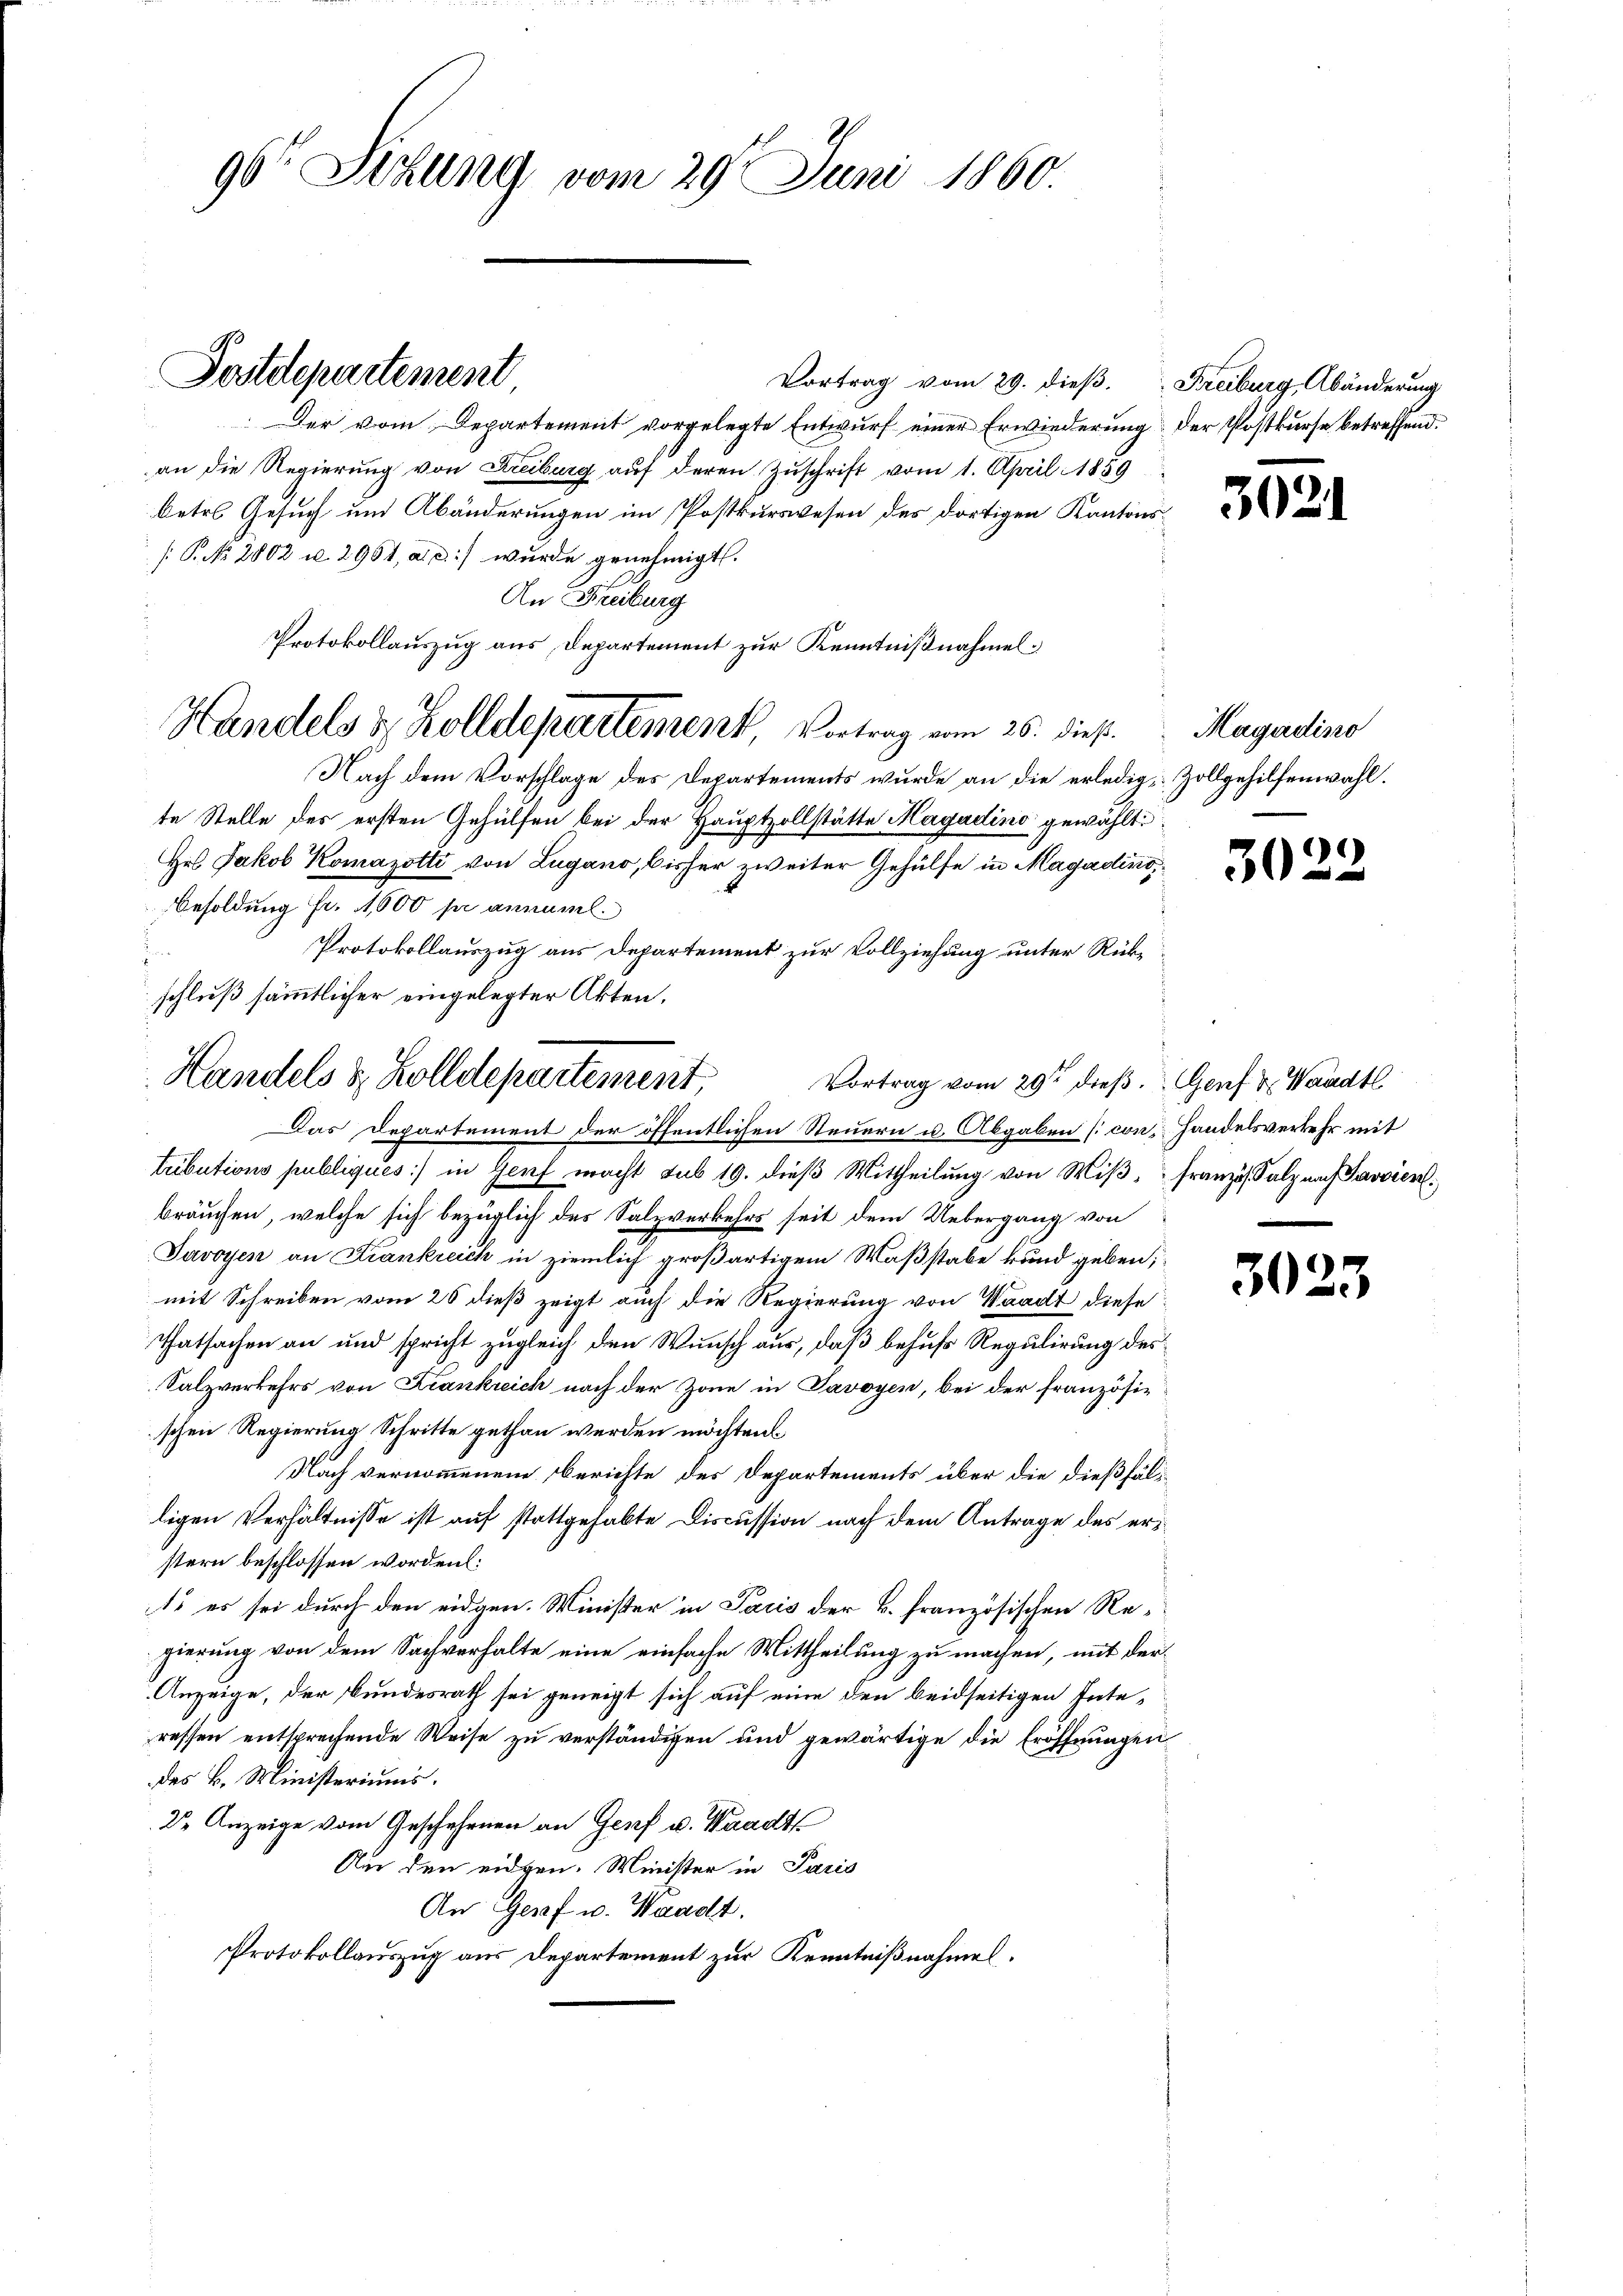
96t Sitzung vom 29. Juni 1860.

Postdepartement

Vortrag vom 29. dieß. Freiburg, Abänderung
Der vom Departement vorgelegte Entwurf einer Erwiederung der Postkurse betreffend.
an die Regierung von Kreiburg auf deren Zuschrift vom 1. April 1859
betr. Gesuch und Abänderungen im Postkurswesen des dortigen Kantons¬
[: P. No. 2802 u. 2961, a. c.) wurde genehmigt.
An Freiburg
Nach dem Vorschlage des Departements wurde an die erledig, Zollgehilfenwahl.
te Stelle des ersten Gehülfen bei der Hauptzollstätte Magadino gewählt:
Hrs Jakob Komazotti von Lugano, bisher zweiter Gehülfe in Magadino,
Besoldung Fr. 1,600 pr annuml.
Protokollauszug aus Departement zur Vollziehung unter Rückschluß sämmtlicher eingelegter Akten.
Vortrag vom 29ten dieß. Genf u. Waadt
Das Departement der öffentlichen Steuern u. Abgaben [con Handelsverkehr mit
tubutions publiques :/ in Genf macht sub 19. dieß Mittheilung von Wiß, Französ. Salz nach Savvien
bräuchen, welche sich bezüglich des Salzverkehrs seit dem Uebergang von
Javoyen an Krankreich in ziemlich großartigem Waßstabe kund geben;
mit Schreiben vom 26 dieß zeigt auch die Regierung von Waadt diese
Thatsachen an und spricht zugleich den Wunsch aus, daß behufs Regulirung des
Salzverkehrs von Krankreich nach der Zone in Savoyen, bei der französischen Regierung Schritte gethan werden möchten.
Nach vernommenem Berichte des Departements über die dießfälligen Verhältnisse ist auf stattgehabte Discussion nach dem Antrage des erstern beschlossen worden:
1. es sei durch den eidgen. Minister in Pacis der k. französischen Regierung von dem Sachverhalte eine einfache Mittheilung zu machen, mit der¬
Anzeige, der Bundesrath sei geneigt sich auf eine den beidseitigen Interessen entsprechende Weise zu verständigen und gewärtige die Eröffnungen
des B. Ministeriums.
Dr Anzeige vom Geschehenen an Genf u. Waadt
Am den eidgen. Minister in Paris
An Genf u. Waadt.
Protokollauszug aus Departement zur Kenntnißnahmel.

Protokollauszug aus Departement zur Kenntnißnahmel¬
Handels & Zolldepartement, Vortrag vom 26. dieß.

Handels & Zolldepartement,

302

Magadino

)
30

302.